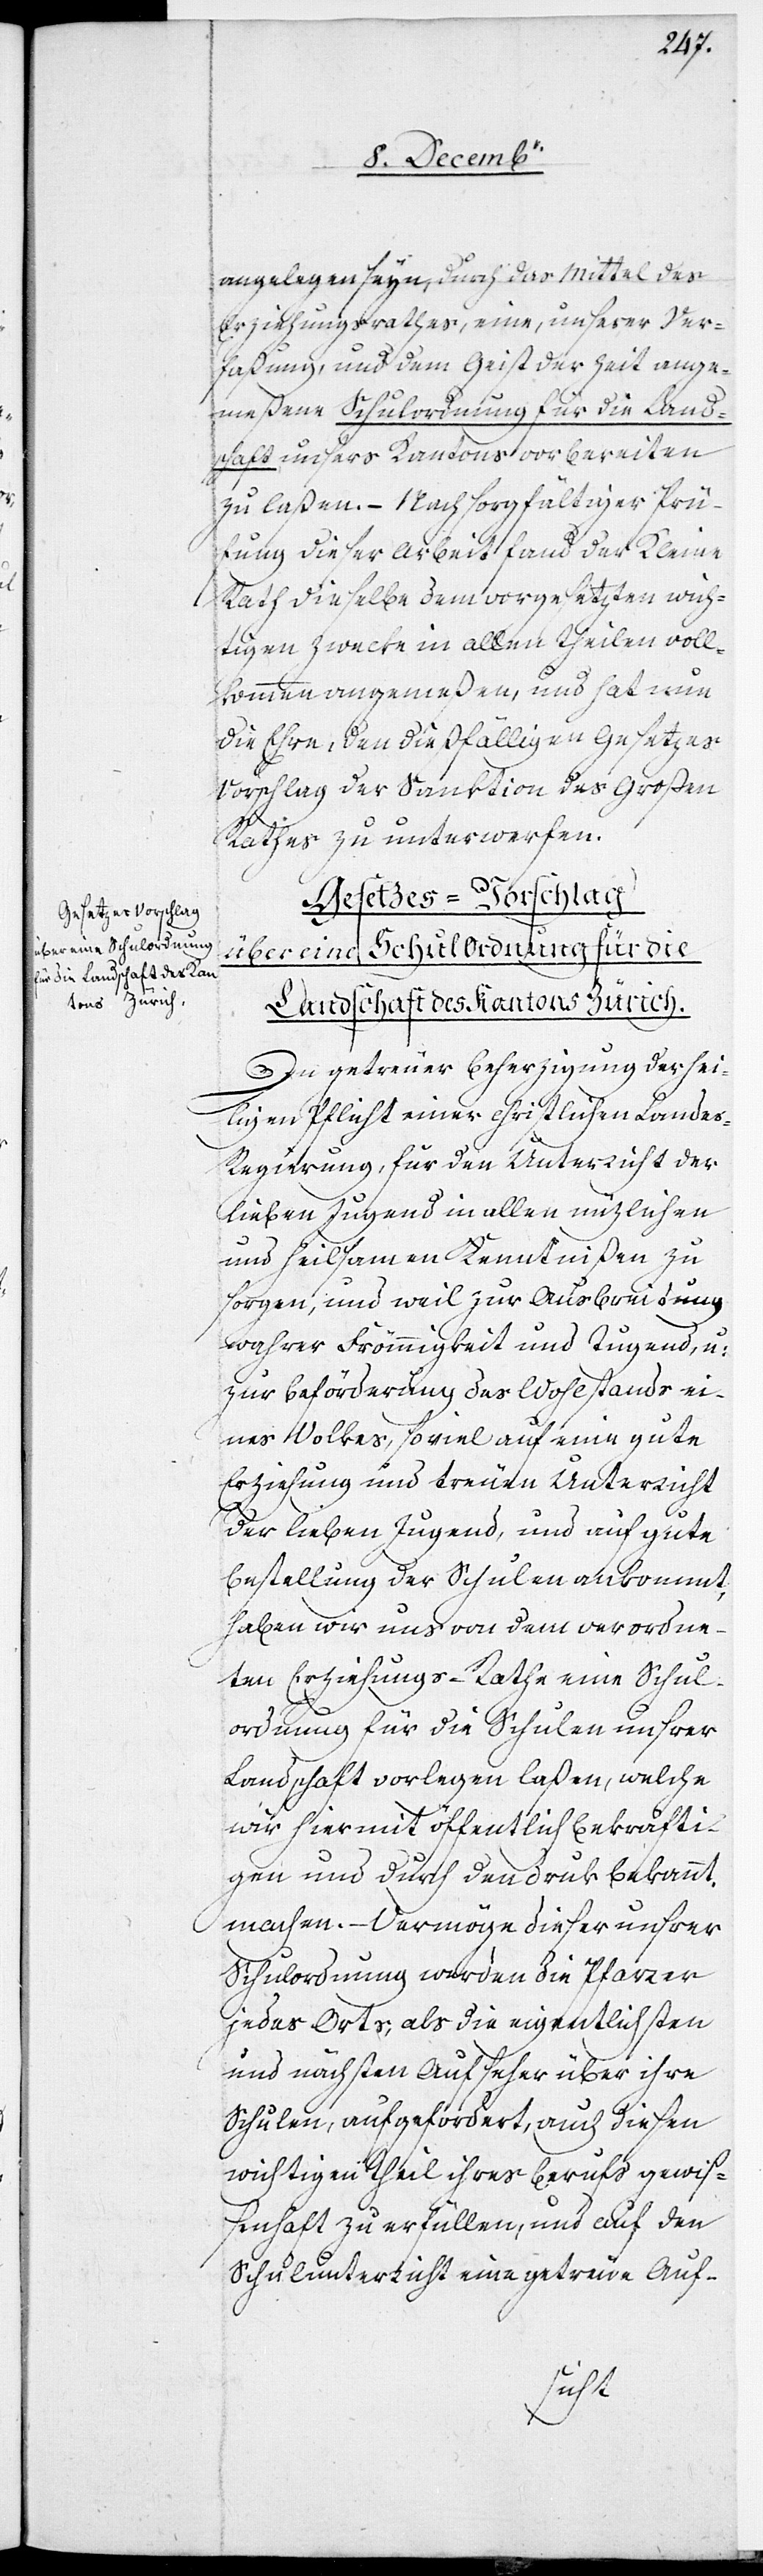
Gesetzes-Vorschlag
über eine Schulordnung
für die Landschaft des Kan¬
tons Zürich.

angelegen seyn, durch das Mittel des
Erziehungsrathes, eine, unserer Ver¬
faßung, und dem Geist der Zeit ange¬
meßene Schulordnung für die Lands¬
chaft unsers Kantons vorbereiten
zu laßen. – Nach sorgfältiger Prü¬
fung dieser Arbeit fand der Kleine
Rath dieselbe dem vorgesetzten wich¬
tigen Zwecke in allen Theilen voll¬
kommen angemeßen, und hat nun
die Ehre, den dießfälligen Gesetze¬
s-Vorschlag der Sanktion des Großen
Rathes zu unterwerfen.
In getreuer Beherzigung der hei¬
ligen Pflicht einer christlichen Landes¬
regierung, für den Unterricht der
lieben Jugend in allen nüzlichen
und heilsamen Kenntnißen zu
sorgen, und weil zur Ausbreitung
wahrer Frömmigkeit und Tugend, u:
zur Beförderung des Wohlstands ei¬
nes Volkes, so viel auf eine gute
Erziehung und treuen Unterricht
der lieben Jugend, und auf gute
Bestellung der Schulen ankommt,
haben wir uns von dem verordne¬
ten Erziehungs-Rathe eine Schul¬
ordnung für die Schulen unsrer
Landschaft vorlegen laßen, welche
wir hiermit öffentlich bekräfti¬
gen und durch den Druk bekannt
machen. – Vermöge dieser unsrer
Schulordnung werden die Pfarrer
jedes Orts, als die eigentlichsten
und nächsten Aufseher über ihre
Schulen, aufgefordert, auch diesen
wichtigen Theil ihres Berufs gewiß¬
enhaft zu erfüllen, und auf den
Schulunterricht eine getreue Auf-